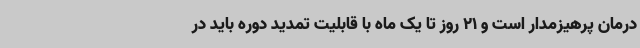
درمان پرهیزمدار است و 21 روز تا یک ماه با قابلیت تمدید دوره باید در